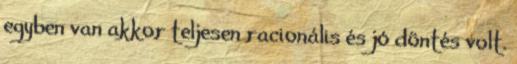
egyben van akkor teljesen racionális és jó döntés volt.